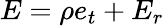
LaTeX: E=\rho e_{t}+E_{r}